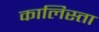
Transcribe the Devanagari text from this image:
कालिस्ता